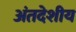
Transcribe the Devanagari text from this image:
अंतदेशीय